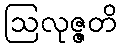
ဩလုဇ္ဇတိ